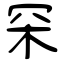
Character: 罙